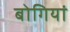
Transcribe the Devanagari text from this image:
बोगियां